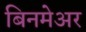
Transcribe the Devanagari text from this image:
बिनमेअर